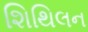
શિથિલન